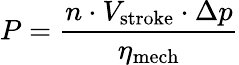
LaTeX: P={\frac{n\cdot V_{\mathrm{stroke}}\cdot\Delta p}{\eta_{\mathrm{mech}}}}